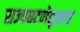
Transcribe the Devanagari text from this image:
राज्यघटणेनुसार